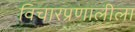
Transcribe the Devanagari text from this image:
विचारप्रणालीला